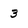
Character: 3